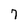
Character: 7